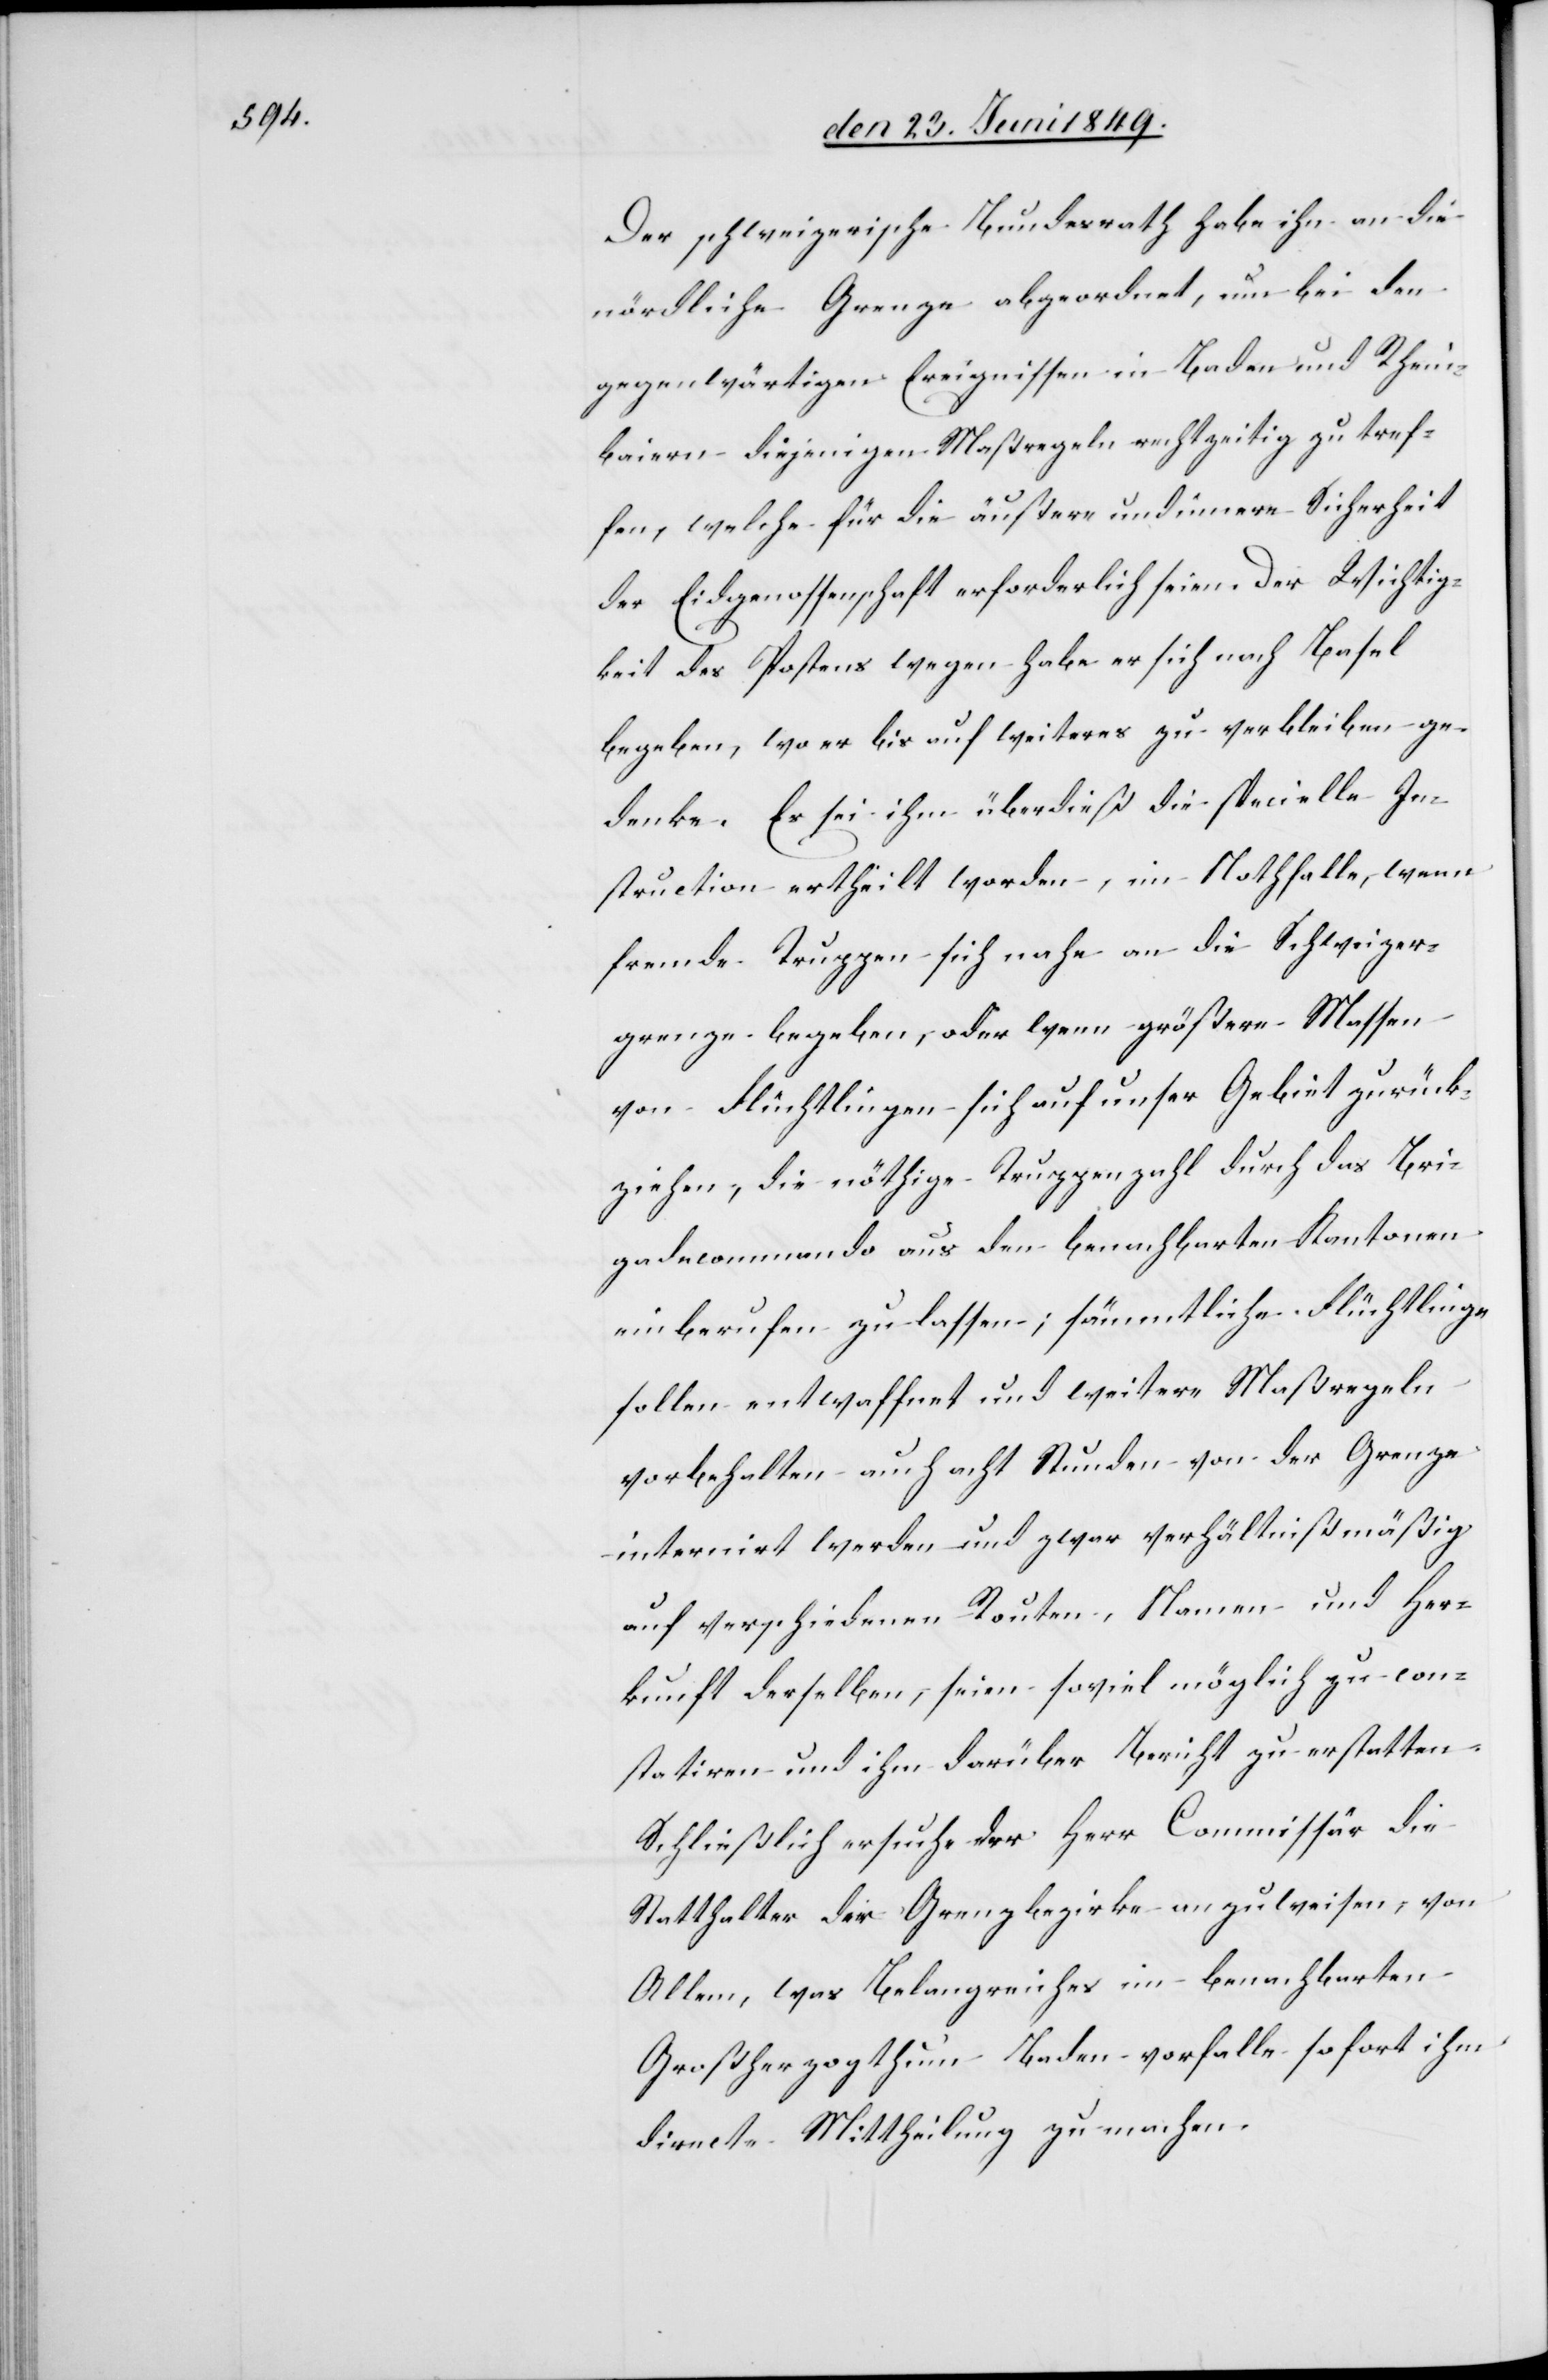
Der schweizerische Bundesrath habe ihn an die
nördliche Grenze abgeordnet, um bei den
gegenwärtigen Ereignissen in Baden und Rhein¬
baiern diejenigen Maßregeln rechtzeitig zu tref¬
fen, welche für die äußere und innere Sicherheit
der Eidgenossenschaft erforderlich seien. Der Wichtig¬
keit des Postens wegen habe er sich nach Basel
begeben, wo er bis auf weiteres zu verbleiben ge¬
denke. Es sei ihm überdieß die specielle In¬
struction ertheilt worden, im Nothfalle, wenn
fremde Truppen sich nahe an die Schweizer¬
grenze begeben, oder wenn größere Massen
von Flüchtlingen sich auf unser Gebiet zurück¬
ziehen, die nöthige Truppenzahl durch das Bri¬
gadecommando aus den benachbarten Kantonen
einberufen zu lassen; sämmtliche Flüchtlinge
sollen entwaffnet und weitere Maßregeln
vorbehalten auch acht Stunden von der Grenze
internirt werden und zwar verhältnißmäßig
auf verschiedenen Routen, Namen und Her¬
kunft derselben, seien soviel möglich zu con¬
statiren und ihm darüber Bericht zu erstatten.
Schließlich ersuche der Herr Commissär die
Statthalter der Grenzbezirke anzuweisen, von
Allem, was Belangreiches im benachbarten
Großherzogthum Baden vorfalle sofort ihm
directe Mittheilung zu machen.